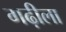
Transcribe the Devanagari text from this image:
गढ़ीला